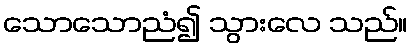
သောသောညံ၍ သွားလေ သည်။